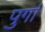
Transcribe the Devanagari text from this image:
पुर्गा